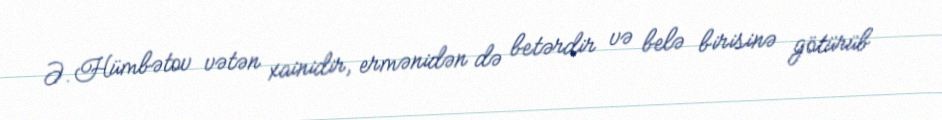
Ə. Hümbətov vətən xainidir, ermənidən də betərdir və belə birisinə götürüb